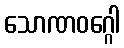
သောဏဝဂ္ဂေါ